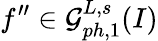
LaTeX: f^{\prime\prime}\in\mathcal{G}_{ph,1}^{L,s}(I)